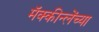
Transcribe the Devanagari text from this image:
मॅक्कीन्लेंच्या